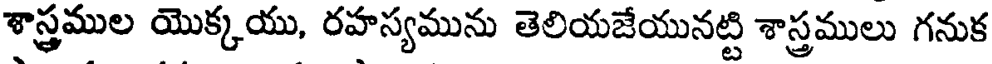
శాస్త్రముల యొక్కయు, రహస్యమును తెలియజేయునట్టి శాస్త్రములు గనుక